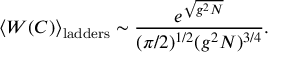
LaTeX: \left< W ( C ) \right> _ { \mathrm { l a d d e r s } } \sim \frac { e ^ { \sqrt { g ^ { 2 } N } } } { ( \pi / 2 ) ^ { 1 / 2 } ( g ^ { 2 } N ) ^ { 3 / 4 } } .